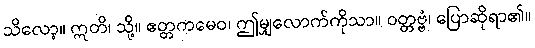
သိလော့။ ဣတိ၊ သို့။ ဧတ္တကမေဝ၊ ဤမျှလောက်ကိုသာ။ ဝတ္တဗ္ဗံ၊ ပြောဆိုရာ၏။